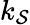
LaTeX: k_{\mathcal{S}}